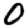
Digit: 0